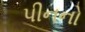
પીનનો